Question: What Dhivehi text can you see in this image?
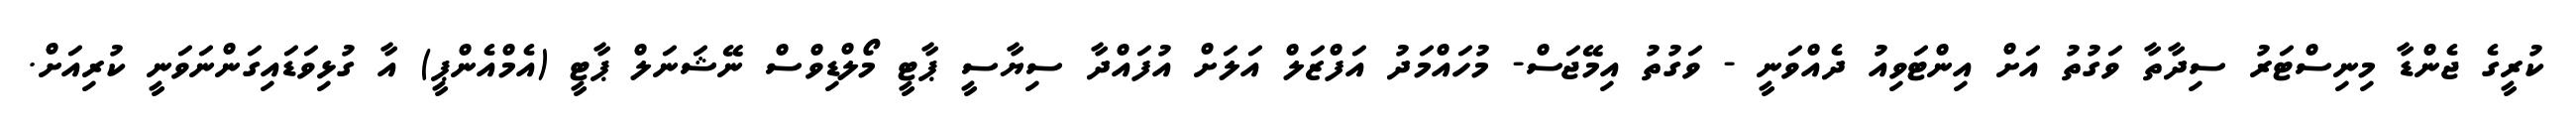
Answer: ކުރީގެ ޖެންޑާ މިނިސްޓަރު ސިދާތާ ވަގުތު އަށް އިންޓަވިއު ދެއްވަނީ - ވަގުތު އިމޭޖަސް- މުހައްމަދު އަފްޒަލް އަލަށް އުފައްދާ ސިޔާސީ ޕާޓީ މޯލްޑިވްސް ނޭޝަނަލް ޕާޓީ (އެމްއެންޕީ) އާ ގުޅިވަޑައިގަންނަވަނީ ކުރިއަށް.